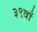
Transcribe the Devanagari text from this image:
३९वाँ